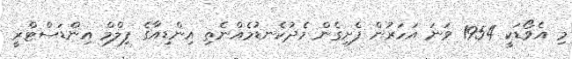
މި އެވޯޑަކީ 1954 ވަނަ އަހަރުން ފެށިގެން މެދުކެނޑުމެއްނެތި އިންޑިއާގެ ފިލްމް އިންޑަސްޓްރީ